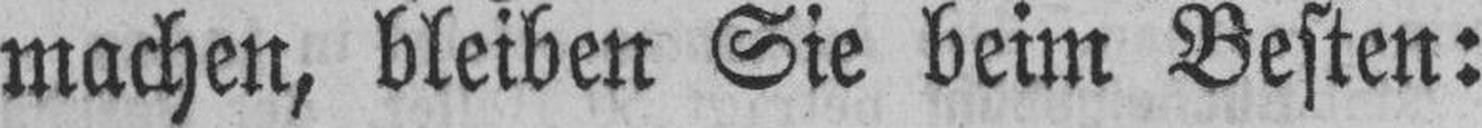
machen, bleiben Sie beim Besten: